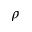
\rho